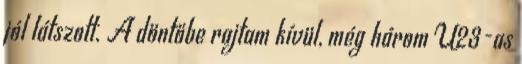
jól látszott. A döntőbe rajtam kívül, még három U23-as